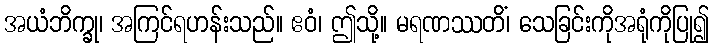
အယံဘိက္ခု၊ အကြင်ရဟန်းသည်။ ဧဝံ၊ ဤသို့။ မရဏဿတိံ၊ သေခြင်းကိုအရုံကိုပြု၍